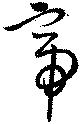
帝